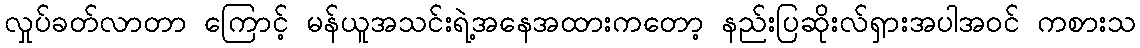
လှုပ်ခတ်လာတာ ကြောင့် မန်ယူအသင်းရဲ့အနေအထားကတော့ နည်းပြဆိုးလ်ရှားအပါအဝင် ကစားသ